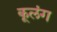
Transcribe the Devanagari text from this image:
कूलंग